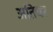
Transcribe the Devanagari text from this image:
अतिचर